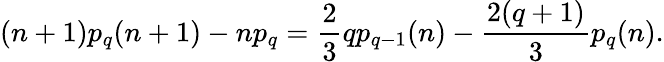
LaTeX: (n+1)p_{q}(n+1)-np_{q}=\frac{2}{3}qp_{q-1}(n)-\frac{2(q+1)}{3}p_{q}(n).